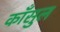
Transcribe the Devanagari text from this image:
काँसुल